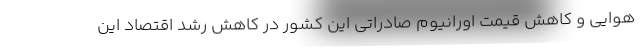
هوایی و کاهش قیمت اورانیوم صادراتی این کشور در کاهش رشد اقتصاد این